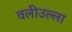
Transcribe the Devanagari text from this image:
वलीउल्ला